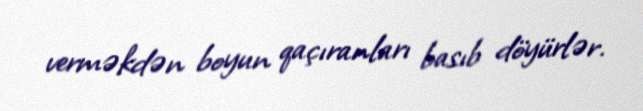
verməkdən boyun qaçıranları basıb döyürlər.